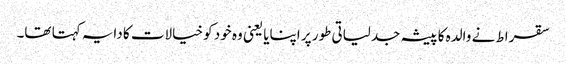
سقراط نے والدہ کا پیشہ جدلیاتی طور پر اپنایا یعنی وہ خود کو خیالات کا دایہ کہتا تھا۔